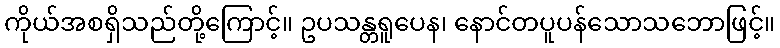
ကိုယ်အစရှိသည်တို့ကြောင့်။ ဥပသန္တရူပေန၊ နောင်တပူပန်သောသဘောဖြင့်။